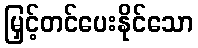
မြှင့်တင်ပေးနိုင်သော